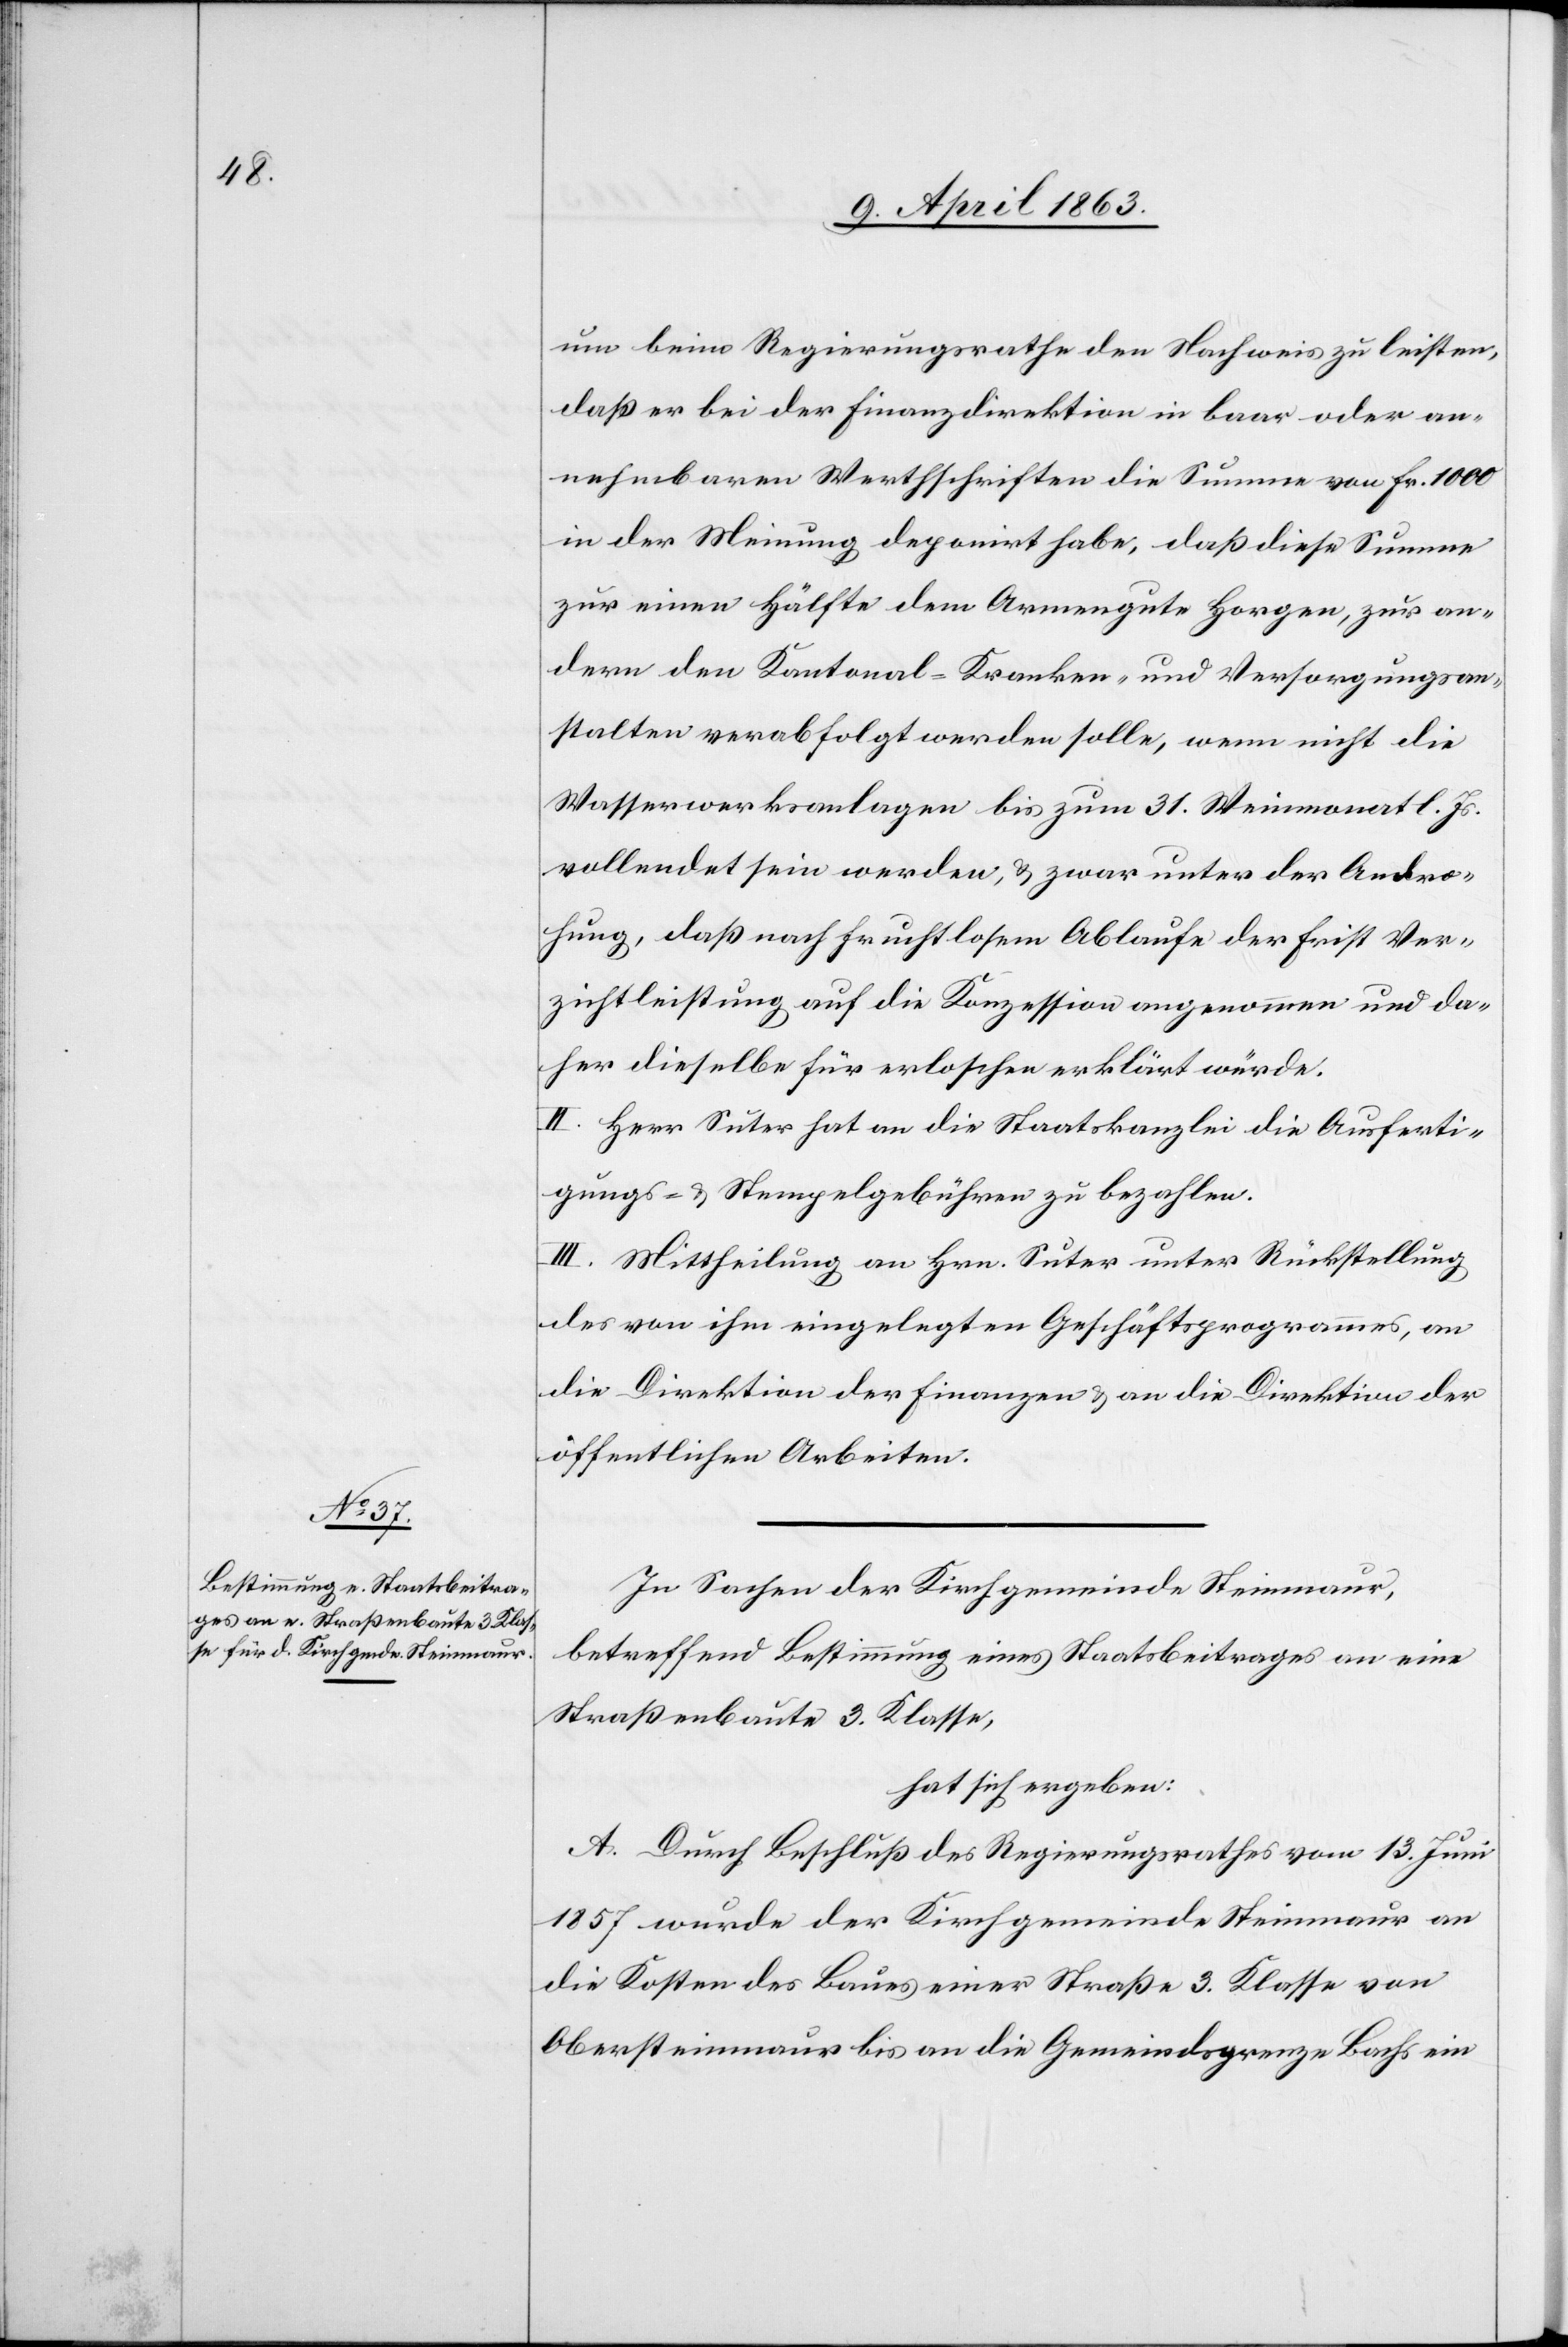
um beim Regierungsrathe den Nachweis zu leisten,
daß er bei der Finanzdirektion in baar oder an¬
nehmbaren Werthschriften die Summe von Fr. 1000
in der Meinung deponirt habe, daß diese Summe
zur einen Hälfte dem Armengute Horgen, zur an¬
dern den Kantonal-Kranken- und Versorgungsan¬
stalten verabfolgt werden solle, wenn nicht die
Wasserwerksanlagen bis zum 31. Weinmonat l. Js.
vollendet sein werden, & zwar unter der Andro¬
hung, daß nach fruchtlosem Ablaufe der Frist Ver¬
zichtleistung auf die Konzession angenommen und da¬
her dieselbe für erloschen erklärt würde.
II. Herr Suter hat an die Staatskanzlei die Ausferti¬
gungs- & Stempelgebühren zu bezahlen.
III. Mittheilung an Hrn. Suter unter Rückstellung
des von ihm eingelegten Geschäftsprogrammes, an
die Direktion der Finanzen & an die Direktion der
öffentlichen Arbeiten.
In Sachen der Kirchgemeinde Steinmaur,
betreffend Bestimmung eines Staatsbeitrages an eine
Straßenbaute 3. Klasse,
hat sich ergeben:
A. Durch Beschluß des Regierungsrathes vom 13. Juni
1857 wurde der Kirchgemeinde Steinmaur an
die Kosten des Baues einer Straße 3. Klasse von
Obersteinmaur bis an die Gemeindsgrenze Bachs ein